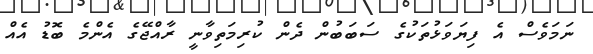
ނަމަވެސް އެ ފިޔަވަޅުތަކުގެ ސަބަބުން ދެން ކުރިމަތިވާނީ ރާއްޖޭގެ އެންމެ ބޮޑު އެއް